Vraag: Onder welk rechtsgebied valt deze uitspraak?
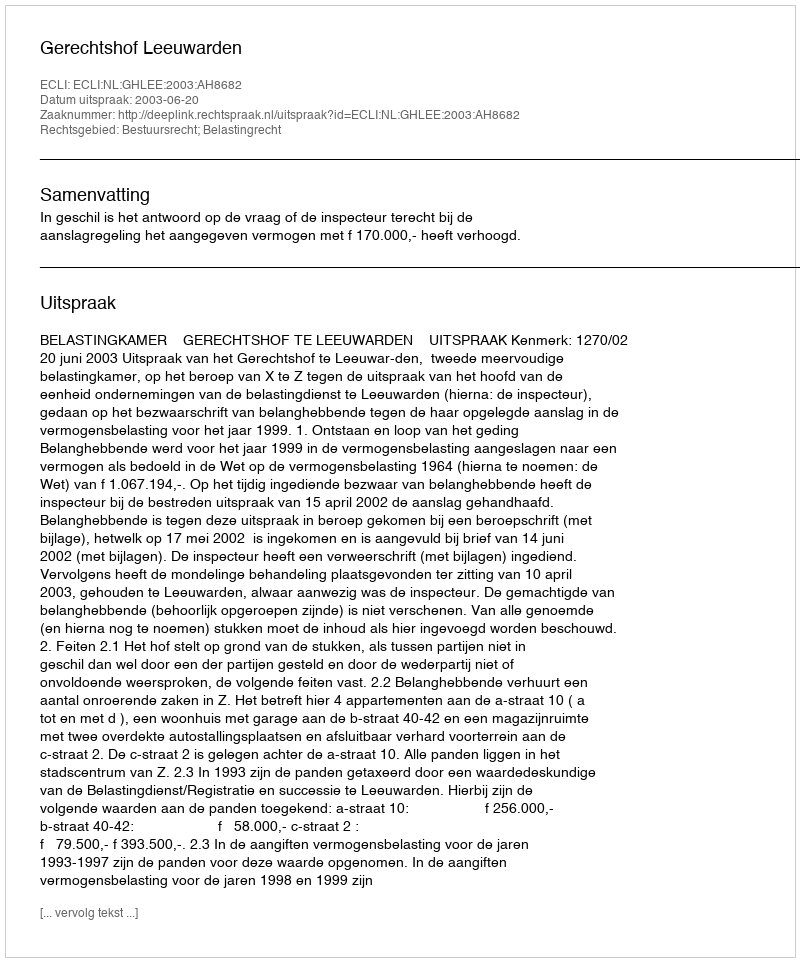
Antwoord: Bestuursrecht; Belastingrecht